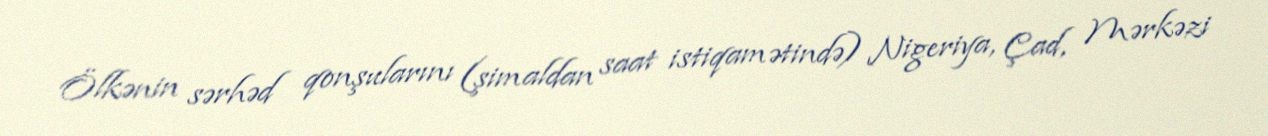
Ölkənin sərhəd qonşularını (şimaldan saat istiqamətində) Nigeriya, Çad, Mərkəzi